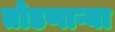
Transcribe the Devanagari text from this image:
तोडणाऱ्या